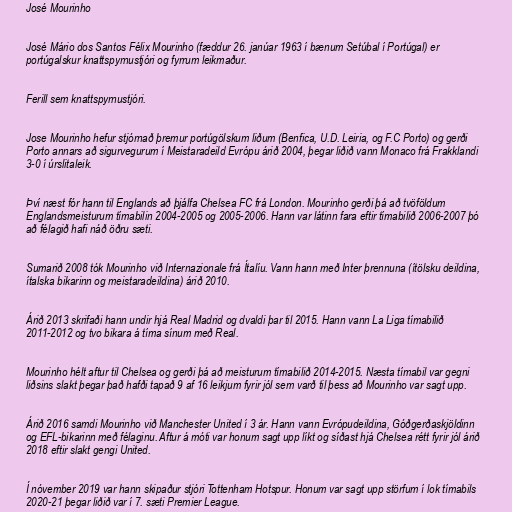
José Mourinho

José Mário dos Santos Félix Mourinho (fæddur 26. janúar 1963 í bænum Setúbal í Portúgal) er
portúgalskur knattspyrnustjóri og fyrrum leikmaður.

Ferill sem knattspyrnustjóri.

Jose Mourinho hefur stjórnað þremur portúgölskum liðum (Benfica, U.D. Leiria, og F.C Porto) og gerði
Porto annars að sigurvegurum í Meistaradeild Evrópu árið 2004, þegar liðið vann Monaco frá Frakklandi
3-0 í úrslitaleik.

Því næst fór hann til Englands að þjálfa Chelsea FC frá London. Mourinho gerði þá að tvöföldum
Englandsmeisturum tímabilin 2004-2005 og 2005-2006. Hann var látinn fara eftir tímabilið 2006-2007 þó
að félagið hafi náð öðru sæti.

Sumarið 2008 tók Mourinho við Internazionale frá Ítalíu. Vann hann með Inter þrennuna (ítölsku deildina,
ítalska bikarinn og meistaradeildina) árið 2010.

Árið 2013 skrifaði hann undir hjá Real Madrid og dvaldi þar til 2015. Hann vann La Liga tímabilið
2011-2012 og tvo bikara á tíma sínum með Real.

Mourinho hélt aftur til Chelsea og gerði þá að meisturum tímabilið 2014-2015. Næsta tímabil var gegni
liðsins slakt þegar það hafði tapað 9 af 16 leikjum fyrir jól sem varð til þess að Mourinho var sagt upp.

Árið 2016 samdi Mourinho við Manchester United í 3 ár. Hann vann Evrópudeildina, Góðgerðaskjöldinn
og EFL-bikarinn með félaginu. Aftur á móti var honum sagt upp líkt og síðast hjá Chelsea rétt fyrir jól árið
2018 eftir slakt gengi United.

Í nóvember 2019 var hann skipaður stjóri Tottenham Hotspur. Honum var sagt upp störfum í lok tímabils
2020-21 þegar liðið var í 7. sæti Premier League.